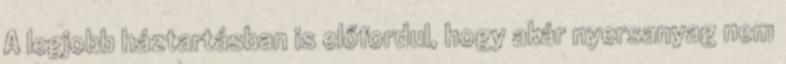
A legjobb háztartásban is előfordul, hogy akár nyersanyag nem